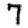
Digit: 7